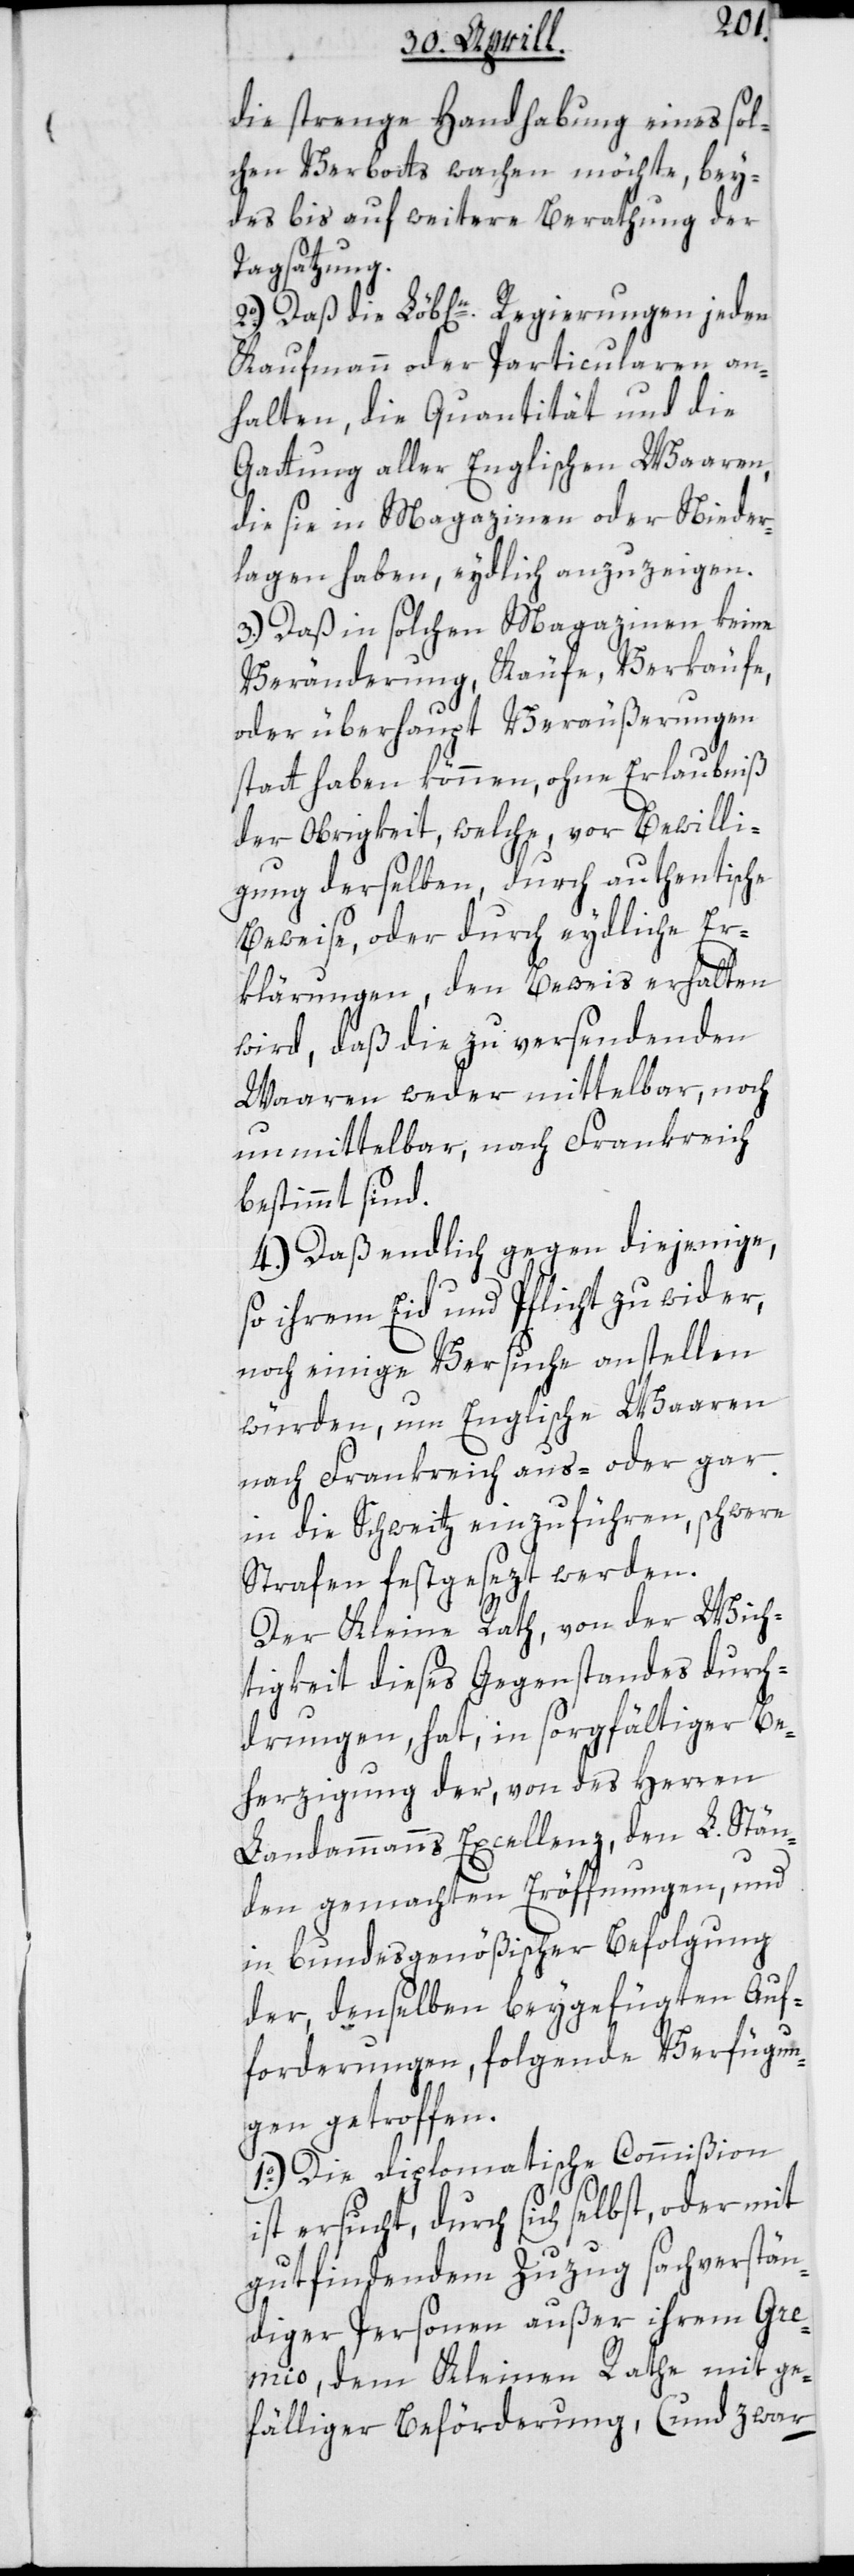
die strenge Handhabung eines sol¬
chen Verbotts wachen möchte, bey¬
des bis auf weitere Berathung der
Tagsatzung.
2o.) Daß die Löb[liche]n Regierungen jeden
Kaufmann oder Particularen an¬
halten, die Quantität und die
Gattung aller Englischen Waaren,
die sie in Magazinen oder Nieder¬
lagen haben, eydlich anzuzeigen.
3.) Daß in solchen Magazinen keine
Veränderung, Käufe, Verkäufe,
oder überhaupt Veräußerungen
statt haben können, ohne Erlaubniß
der Obrigkeit, welche vor Bewilli¬
gung derselben, durch authentische
Beweise, oder durch eydliche Er¬
klärungen, den Beweis erhalten
wird, daß die zu versendenden
Waaren weder mittelbar, noch
unmittelbar, nach Frankreich
bestimmt sind.
4.) Daß endlich gegen diejenige,
so ihrem Eid und Pflicht zu wider,
noch einige Versuche anstellen
würden, um Englische Waaren
nach Frankreich aus- oder gar
in die Schweitz einzuführen, schwere
Strafen festgesezt werden.
Der Kleine Rath, von der Wich¬
tigkeit dieses Gegenstandes durch¬
drungen, hat in sorgfältiger Be¬
herzigung der, von des Herren
Landammanns Excellenz, den L. Stän¬
den gemachten Eröffnungen, und
in bundesgenößischer Befolgung
der, denselben beygefügten Auf¬
forderungen, folgende Verfügun¬
gen getroffen.
1o.) Die diplomatische Commißion
ist ersucht, durch sich selbst oder mit
gutfindendem Zuzug sachverstän¬
diger Personen ausser ihrem Gre¬
mio, dem Kleinen Rathe mit ge¬
fälliger Beförderung, (und zwar